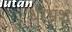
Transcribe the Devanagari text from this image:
धीभ्रंश